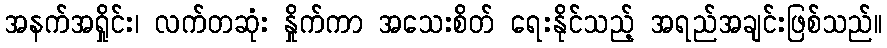
အနက်အရှိုင်း၊ လက်တဆုံး နှိုက်ကာ အသေးစိတ် ရေးနိုင်သည့် အရည်အချင်းဖြစ်သည်။